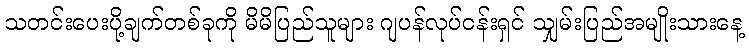
သတင်းပေးပို့ချက်တစ်ခုကို မိမိပြည်သူများ ဂျပန်လုပ်ငန်းရှင် သျှမ်းပြည်အမျိုးသားနေ့